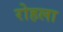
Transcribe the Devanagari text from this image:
रोहला